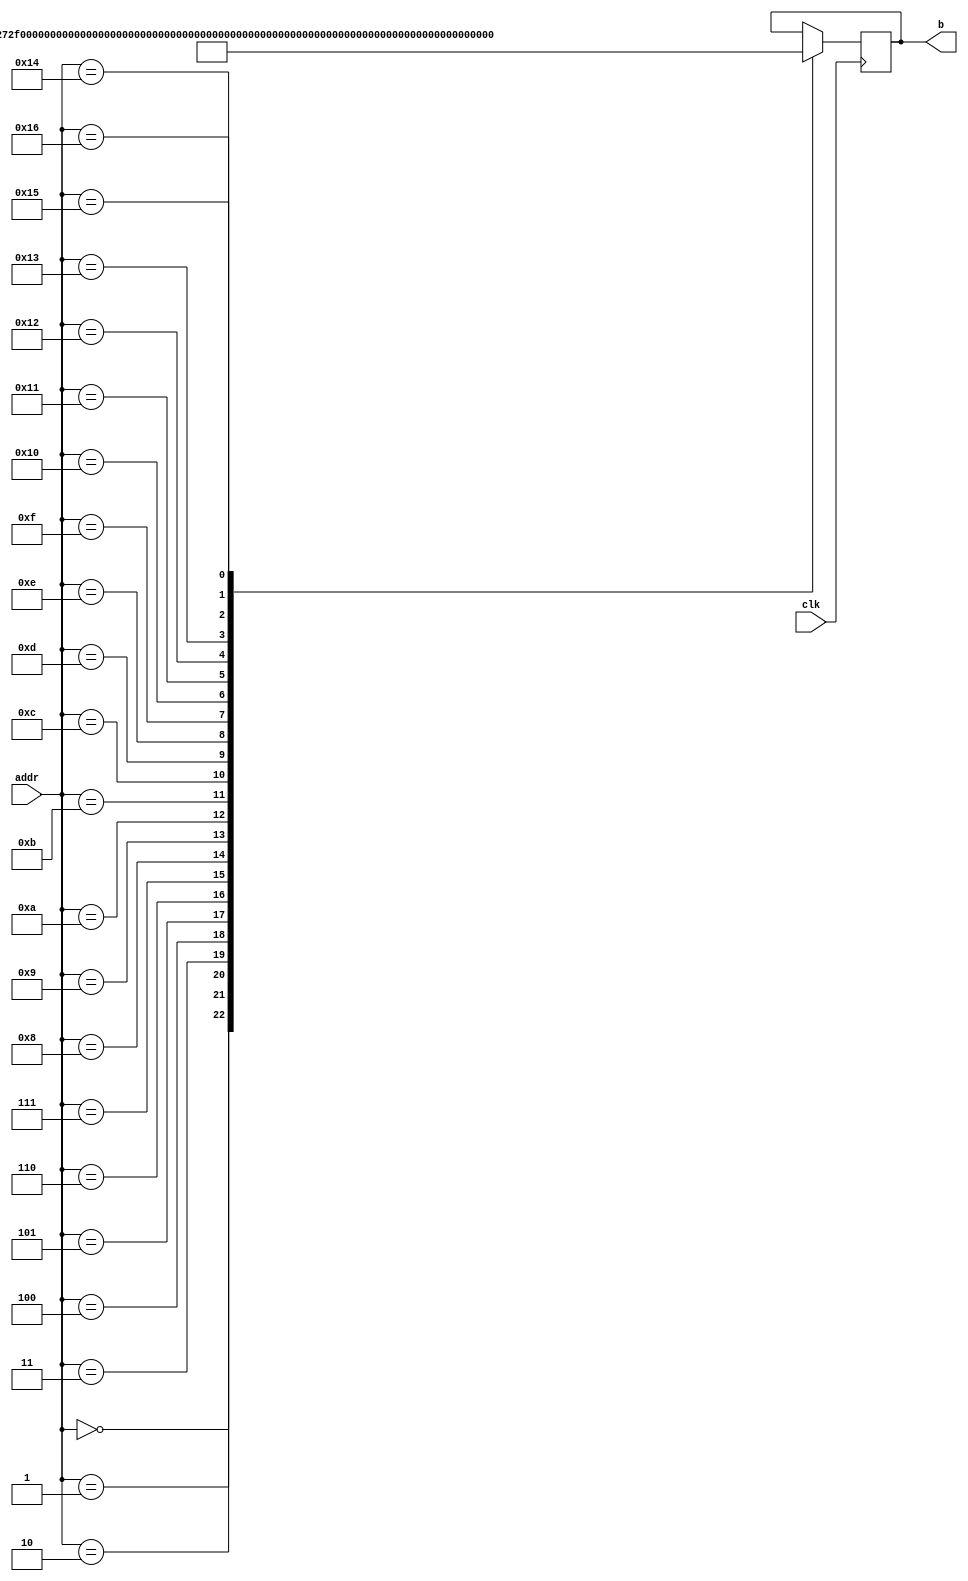



module ov7670_regs (

				    input wire clk,
				    input wire [4:0]  addr,
					output reg [15:0] b

				   );



always @(posedge clk)

begin
					
	case(addr)
		
		0:	b <= 16'h8012;	        //reset all registers
		1:	b <= 16'h1a3e;
		2:	b <= 16'h2272;
		3:	b <= 16'hF273;
		4:	b <= 16'h1617;
		5:	b <= 16'h0418;
		6:	b <= 16'ha432;
		7:	b <= 16'h0219;
		8:	b <= 16'h7a1a;
		9:	b <= 16'h0a03;
		10:	b <= 16'h040C;
		11: b <= 16'h0012;
		12: b <= 16'h008C;
		13: b <= 16'h0004;
		14: b <= 16'hC040;
		15: b <= 16'h6A14;
		16: b <= 16'h804F;
		17: b <= 16'h8050;
		18: b <= 16'h0051;
		19: b <= 16'h2252;
		20: b <= 16'h5E53;
		21: b <= 16'h8054;
		22: b <= 16'h403D;	
	endcase
end

endmodule